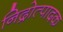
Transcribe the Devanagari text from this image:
निद्रोत्पादक